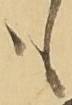
も